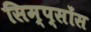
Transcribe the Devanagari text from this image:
सिम्प्सोंस